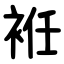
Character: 袵